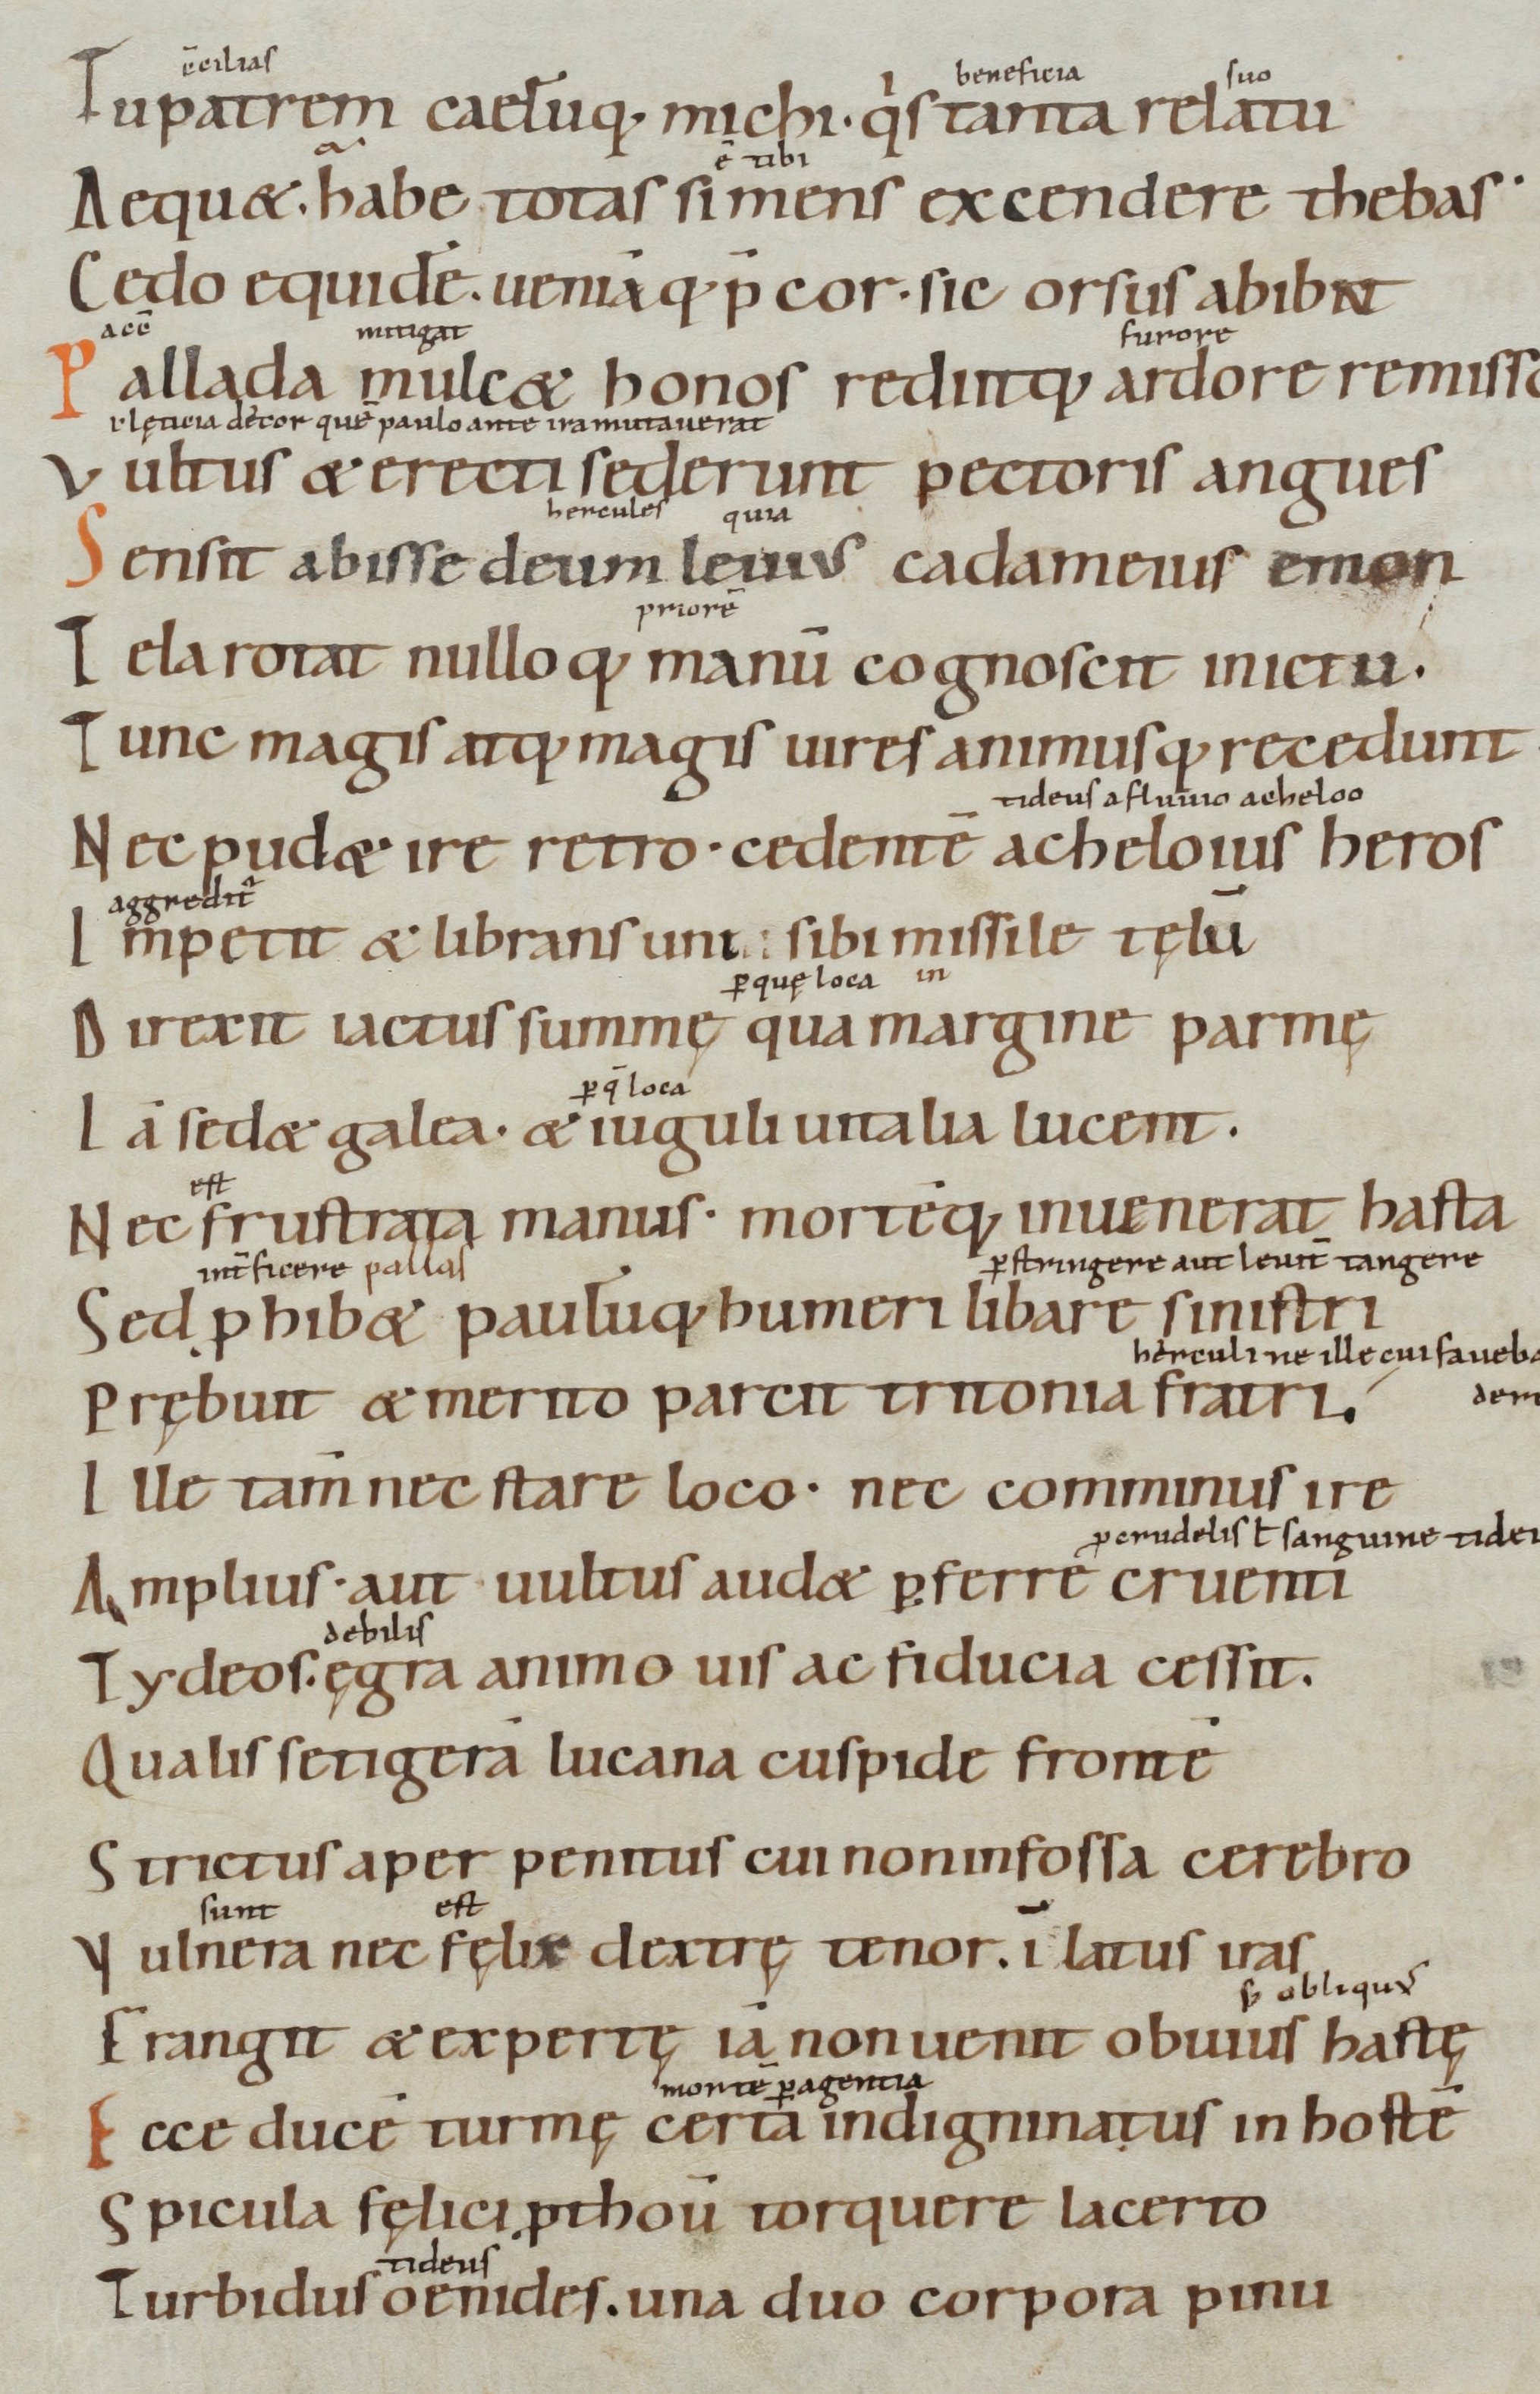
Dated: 900–1199